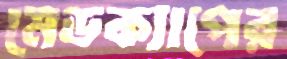
মেডক্যাপের